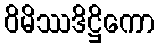
ဝိမိဿဒိဋ္ဌိကော